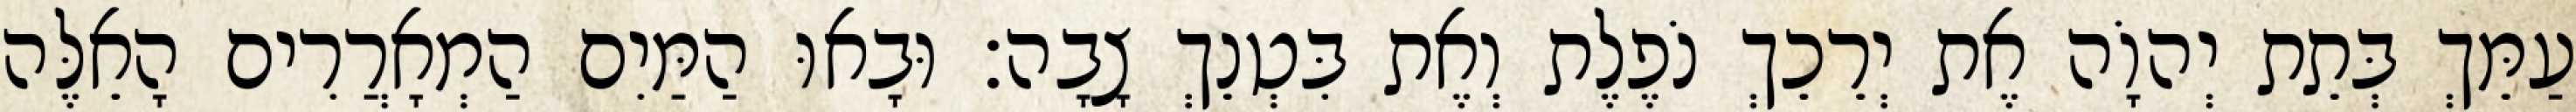
עַמֵּךְ בְּתֵת יְהוָֹה אֶת יְרֵכֵךְ נֹפֶלֶת וְאֶת בִּטְנֵךְ צָבָה׃ וּבָאוּ הַמַּיִם הַמְאָרֲרִים הָאֵלֶּה